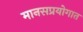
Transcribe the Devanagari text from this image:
मानसप्रयोगात